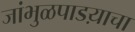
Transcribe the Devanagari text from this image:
जांभुळपाडय़ाचा